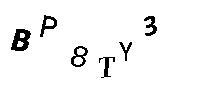
BP8TY3